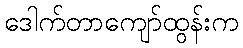
ဒေါက်တာကျော်ထွန်းက